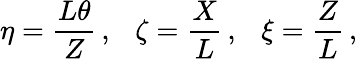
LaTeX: \eta=\frac{L\theta}{Z}\, ,\ \ \ \zeta=\frac{X}{L}\, ,\ \ \ \xi=\frac{Z}{L}\, ,